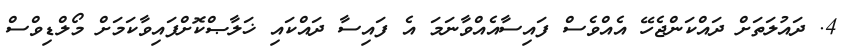
4. ދައުލަތަށް ދައްކަންޖެހޭ އެއްވެސް ފައިސާއެއްވާނަމަ އެ ފައިސާ ދައްކައި ޚަލާޞްކޮށްފައިވާކަމަށް މޯލްޑިވްސް